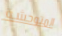
المتوحشة